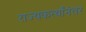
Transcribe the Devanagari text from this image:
राज्यकर्त्यांनंतर